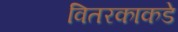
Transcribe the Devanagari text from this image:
वितरकाकडे